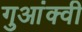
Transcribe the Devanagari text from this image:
गुआंक्वी